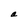
Character: a